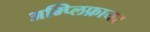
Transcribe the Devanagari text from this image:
अम्प्लिफ़ायर